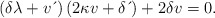
\begin{align*}\left( \delta \lambda+v\,\acute{}\, \right) \left( 2\kappa v+\delta \,\acute{}\, \right) +2\delta v=0. \end{align*}